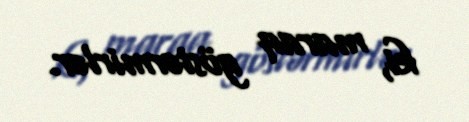
ki, maraq göstərmirlər.